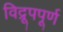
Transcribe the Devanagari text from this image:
विद्रूपपूर्ण